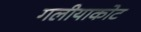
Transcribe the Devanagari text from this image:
गलीयाकोट